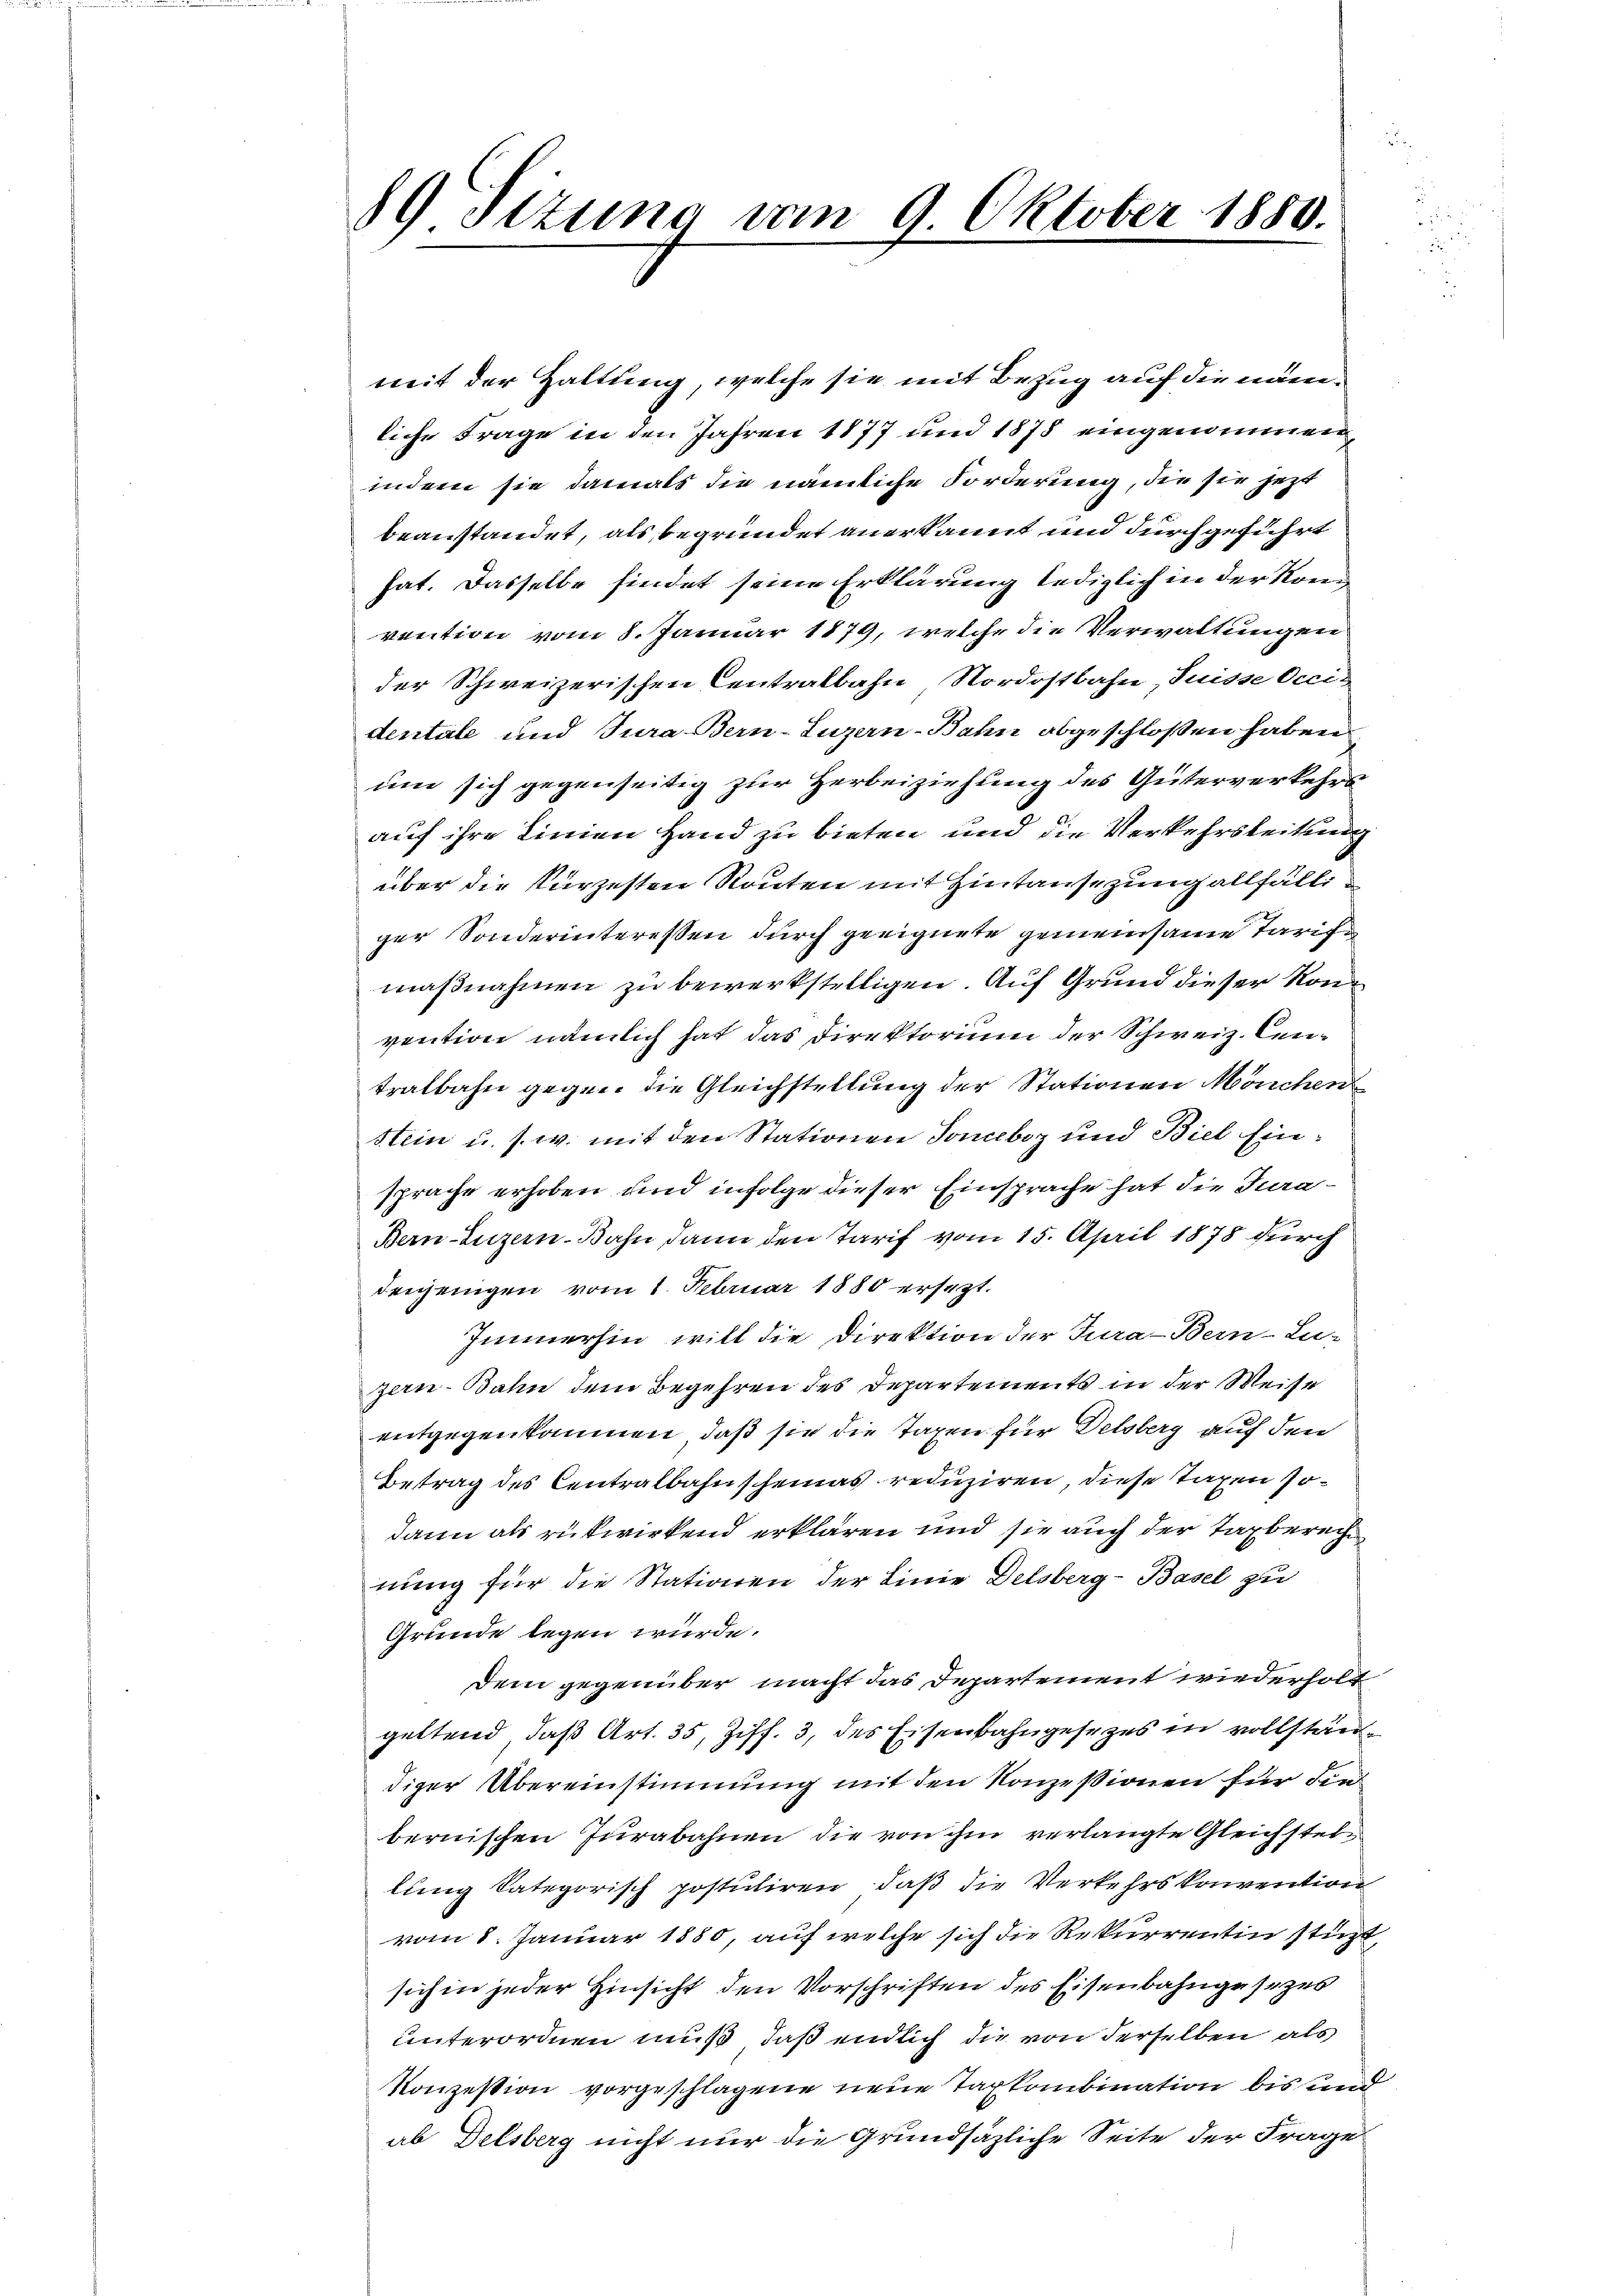
89 Stzung vom 9. Oktober 1850.

mit der Haltung, welche sie mit Bezug auf die nämliche Frage in den Jahren 1877 und 1878 eingenommen
indem sie damals die nämliche Forderung, der sie jetzt
beanstandet, als begründet anerkannt und durchgeführt
hat. Dasselbe findet seine Erklärung lediglich in der Kon
vention vom 8. Januar 1879, welche die Verwaltungen
der Schweizerischen Centralbahn Nordostbahn, Suisse Occis
dentale und Jura Bern-Luzern-Bahn abgeschloßen haben
um sich gegenseitig zur Herbeiziehung des Güterverkehrs
auf ihre Linien Hand zu bieten und die Verkehrsleitung
über die kürzesten Routen mit Hintansezung allfälli
ger Sonderinteressen durch geeignete gemeinsame Tarife
maßnahmen zu bewerkstelligen. Auf Grund dieser Konvention nämlich hat das Direktorium der Schweiz. Centralbahn gegen die Gleichstellung der Stationen Mönchen
Stein u. s. w. mit den Stationen Toneboz und Biel Einsprache erhoben und infolge dieser Einsprache hat die Jura¬
Bern Luzern. Bahn dann den Tarif vom 15. April 1878 durch
denjenigen vom 1. Februar 1880 ersezt.
Immerhin will die Direktion der Jura-Bern-Lu-
zern-Bahn dem Begehren des Departements in der Weise
entgegenkommen, daß sie die Taxen für Delsberg auf den
Betrag des Centralbahnscheinas reduziren, diese Taxen sodann als rükwirkend erklären und sie auch der Taxberech
nung für die Stationen der Linie Delsberg-Basel zu
Grunde legen würde.
Dem gegenüber macht das Departement wiederholt
geltend, daß Art. 35, Ziff. 3, des Eisenbahngesezes in vollständiger Übereinstimmung mit den Konzesionen für Sin
bernischen Jurabahnen die von ihm verlangte Gleichstellung kategorisch postuliren, daß die Verkehrs konvention
vom 8. Januar 1880, auf welche sich die Rekurrentin stüt
sich in jeder Hinsicht den Vorschriften des Eisenbahngesezes
unterordnen muß, daß endlich die von derselben als
Konzession vorgeschlagene neue Taxkombination bis und
ab Delsberg nicht nur die Grundsäzliche Seite der Frage